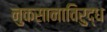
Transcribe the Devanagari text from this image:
नुकसानाविरुद्ध